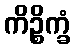
ကိဉ္စိက္ခံ